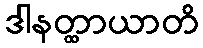
ဒါနတ္ထာယာတိ